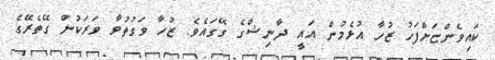
ކައިވެންޏަށްފަހު ޒުހާ އުޅެމުން އައީ ދާނިޝްގެ ގޭގައެވެ. ޒުހާ ވަގުތުވާ ވަރަކުން ގޭތެރޭގެ